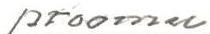
proomu